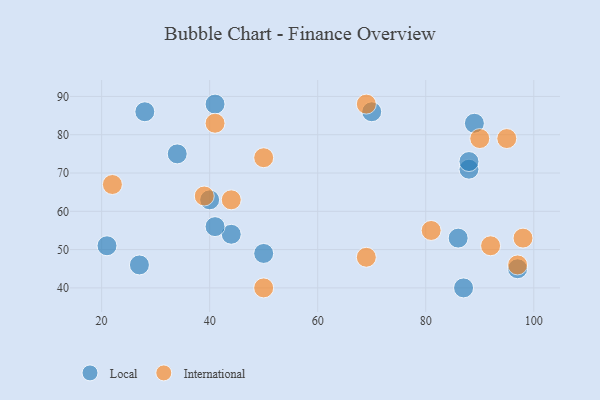
{"axis": {"x": "GDP", "y": "Life Expectancy"}, "legend": ["International", "Local"], "data": [{"x": "88", "y": 71, "type": "Local"}, {"x": "88", "y": 73, "type": "Local"}, {"x": "44", "y": 54, "type": "Local"}, {"x": "86", "y": 53, "type": "Local"}, {"x": "28", "y": 86, "type": "Local"}, {"x": "87", "y": 40, "type": "Local"}, {"x": "97", "y": 45, "type": "Local"}, {"x": "40", "y": 63, "type": "Local"}, {"x": "89", "y": 83, "type": "Local"}, {"x": "70", "y": 86, "type": "Local"}, {"x": "27", "y": 46, "type": "Local"}, {"x": "41", "y": 56, "type": "Local"}, {"x": "41", "y": 88, "type": "Local"}, {"x": "50", "y": 49, "type": "Local"}, {"x": "21", "y": 51, "type": "Local"}, {"x": "34", "y": 75, "type": "Local"}, {"x": "98", "y": 53, "type": "International"}, {"x": "50", "y": 40, "type": "International"}, {"x": "41", "y": 83, "type": "International"}, {"x": "69", "y": 48, "type": "International"}, {"x": "81", "y": 55, "type": "International"}, {"x": "90", "y": 79, "type": "International"}, {"x": "95", "y": 79, "type": "International"}, {"x": "44", "y": 63, "type": "International"}, {"x": "92", "y": 51, "type": "International"}, {"x": "22", "y": 67, "type": "International"}, {"x": "50", "y": 74, "type": "International"}, {"x": "97", "y": 46, "type": "International"}, {"x": "39", "y": 64, "type": "International"}, {"x": "69", "y": 88, "type": "International"}]}